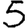
Digit: 5